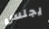
يجلس